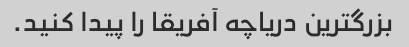
بزرگترین دریاچه آفریقا را پیدا کنید.